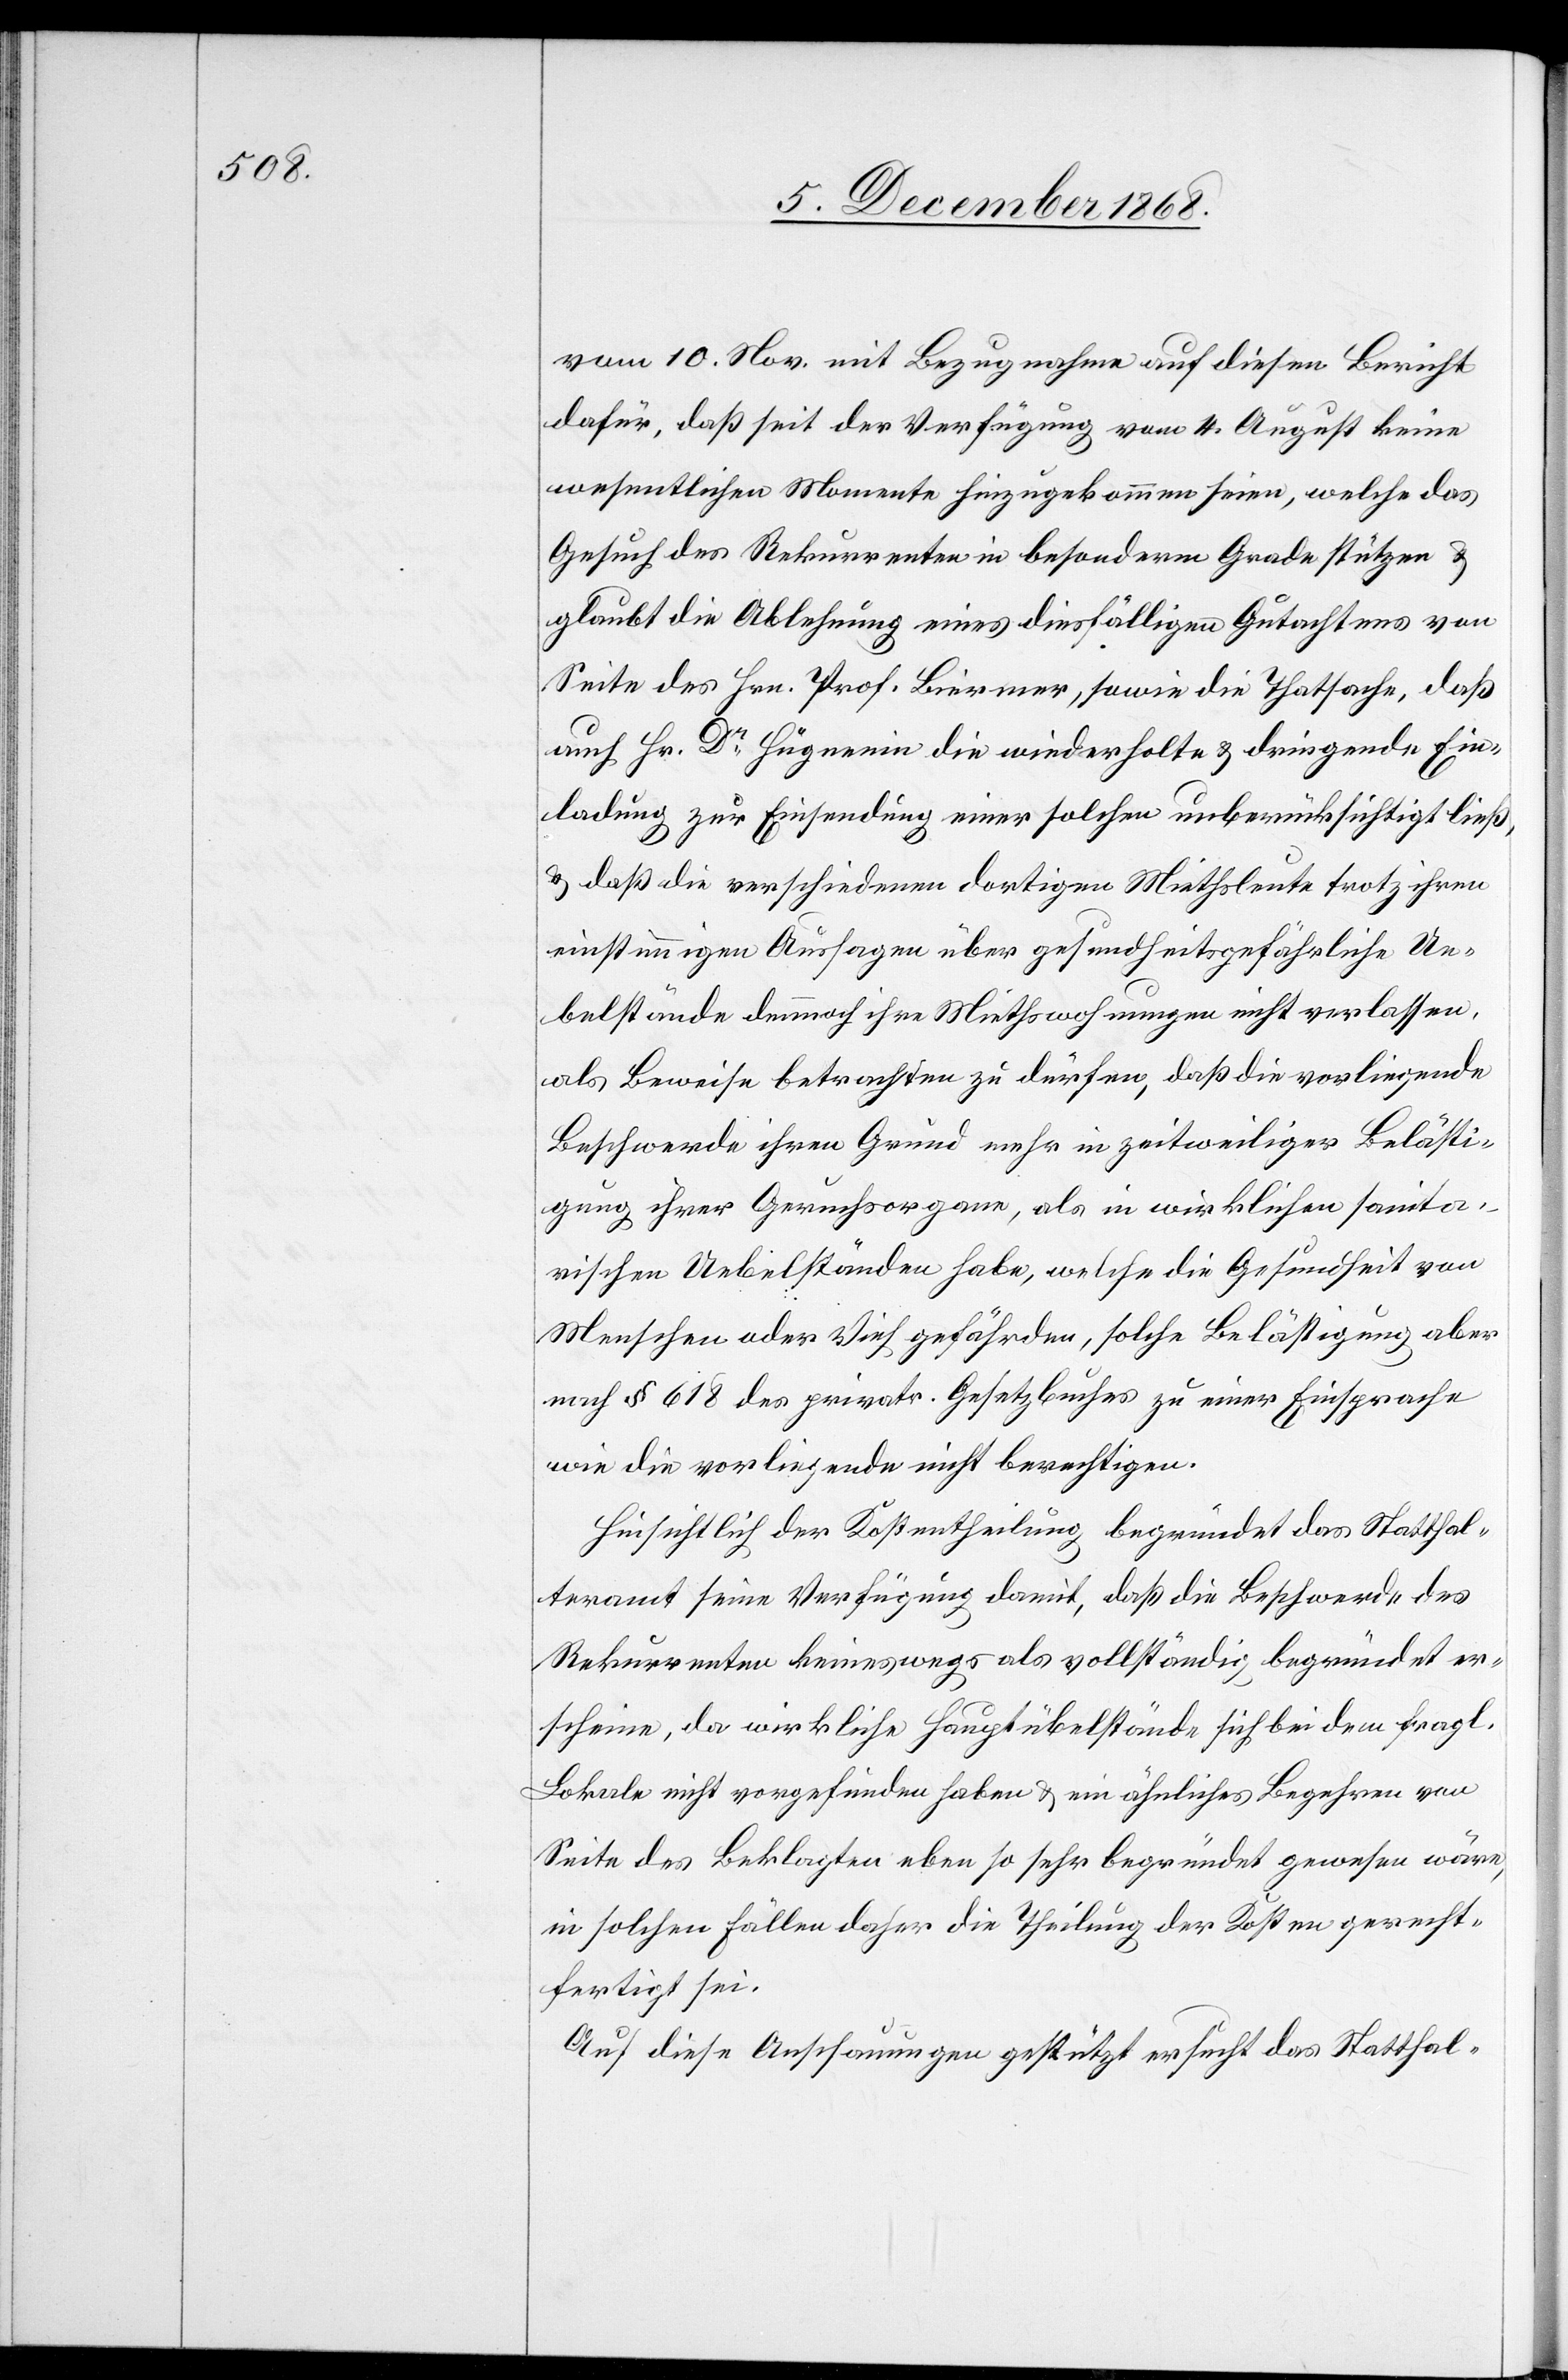
vom 10. Nov. mit Bezugnahme auf diesen Bericht
dafür, daß seit der Verfügung vom 4. August keine
wesentlichen Momente hinzugekommen seien, welche das
Gesuch des Rekurrenten in besonderm Grade stützen &
glaubt die Ablehnung eines diesfälligen Gutachtens von
Seite des Hrn. Prof. Biermer, sowie die Thatsache, daß
auch Hr. Dr Hüguenin die wiederholte & dringende Ein¬
ladung zur Einsendung einer solchen unberücksichtigt ließ,
& daß die verschiedenen dortigen Miethsleute trotz ihren
einstimmigen Aussagen über gesundheitsgefährliche Ue¬
belstände dennoch ihre Miethswohnungen nicht verlassen,
als Beweise betrachten zu dürfen, daß die vorliegende
Beschwerde ihren Grund mehr in zeitweiliger Belästi¬
gung ihrer Geruchsorgane, als in wirklichen sanita¬
rischen Uebelständen habe, welche die Gesundheit von
Menschen oder Vieh gefährden, solche Belästigung aber
nach § 618 des privatr. Gesetzbuches zu einer Einsprache
wie die vorliegende nicht berechtigen.
Hinsichtlich der Kostentheilung begründet das Statthal¬
teramt seine Verfügung damit, daß die Beschwerde des
Rekurrenten keineswegs als vollständig begründet er¬
scheine, da wirkliche Hauptübelstände sich bei dem fragl.
Lokale nicht vorgefunden haben & ein ähnliches Begehren von
Seite des Beklagten eben so sehr begründet gewesen wäre,
in solchen Fällen daher die Theilung der Kosten gerecht¬
fertigt sei.
Auf diese Anschauungen gestützt ersucht das Statthal-